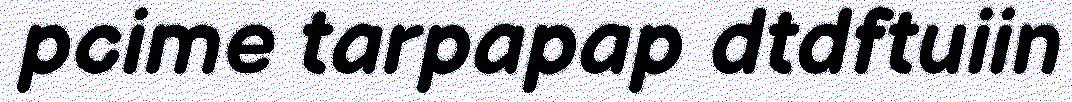
pcime tarpapap dtdftuiin